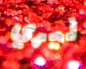
ليري